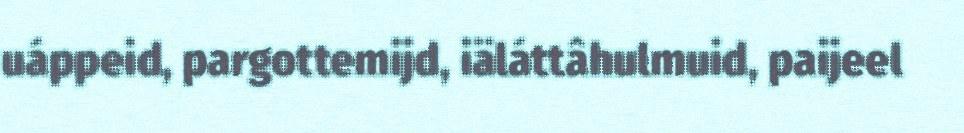
uáppeid, pargottemijd, iäláttâhulmuid, paijeel